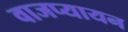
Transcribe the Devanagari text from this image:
वाजप्यायन